Vaccination in Burma 1900-1911 - 1900-1911
Year: 1900
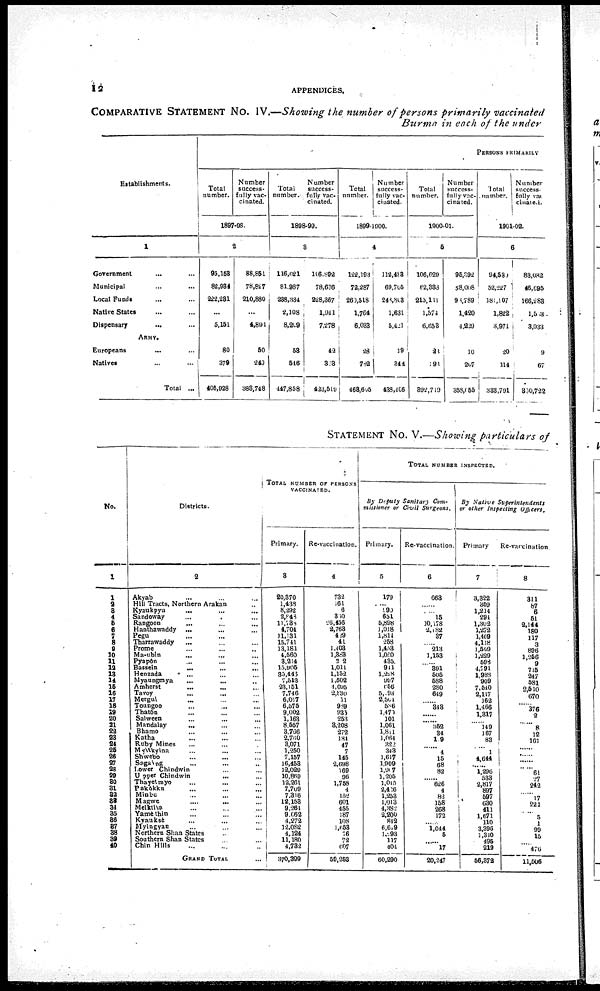
12
APPENDICES.
COMPARATIVE STATEMENT No. IV.—Showing the number of persons primarily vaccinated
Burma in each of the under
Establishments.
1
Government... ...
Municipal... ...
Local Funds... ...
Native States... ...
Dispensary...
...
ARMY.
Europeans... ...
Natives...
Total ...
PERSONS PRIMARILY
Total
number.
Number
success¬
fully vac-
cinated.
1897-98.
2
95,158
82,934
222,281
...
5,151
...
80
379
405,928
88,851
78,827
210,880
...
4,891
...
50
249
388,748
Total
number.
Number
success-
fully vac-
cinated.
1898-99.
3
116,621
81,987
288,334
2,108
8,209
...
58
546
447,858
106,892
78,636
228,367
1,941
7,278
...
42
303
423,519
Total
number.
Number
success-
fully vac-
cinated.
1899-1900.
4
122,193
72,287
260,518
1,764
6,033
...
28
782
168,605
112,488
69,705
243,808
1,631
5,421
...
19
344
438,406
Total
number.
Number
success-
fully vac-
cina ted.
1900-01.
5
106,629
62,383
215,111
1,574
6,653
...
28
191
392,719
95,392
58,008
93,789
1,420
1,229
...
10
207
358,055
Total
number.
Number
success-
fully vac
cinated.
1901-02.
6
94,530
52,227
181,107
1,822
3,971
...
20
114
333,701
83,032
46,695
166,288
1,503
3,033
...
9
67
300,722
STATEMENT No. V.—Showing particulars of
No.
1
1
2 3
4
5
6
7
8
9
10
11
12
13
14
15
16
17
18
19
20
21
22
23
24
25
26
27
28
29
30
31
32
32
33
35
36
37
38
39
40
Districts.
2
Akyab... ...
Hill Tracts, Northern Arakan...
Kyaukpyu...
...
Sandoway... ...
Rangoon...
...
Hanthawaddy... ...
Pegu... ...
Tharrawaddy... ...
Prome...
...
Ma-ubin...
...
Pyapôn... ...
Bassein...
...
Henzada... ...
Myaungmya... ...
Amherst... ...
Tavoy... ...
Mergui... ...
Toungoo... ...
Thaton... ...
Salween... ...
Mandalay...
...
Bhamo... ...
Katha... ...
Ruby Mines... ...
Myikyina... ...
Shwebo... ...
Sagaing... ...
Lower Chindwin... ...
Upper Chindwin... ...
Thayetmyo... ...
Pakôkku... ...
Minbu... ...
Magwe...
...
Metktila... ...
Yamèthin... ...
Kyauksè... ...
Myingyan... ...
Northern Shan States... ...
Southern Shan States... ...
Chin Hills... ...
GRAND TOTAL...
TOTAL NUMBER OR PERSONS
VACCINATED.
Primary.
3
20,370
1,433
8,292
2,843
11,783
4,704
11,131
15,741
13,181
4,560
3,214
15,905
85,443
7,518
23,151
7,746
6,017
6,575
9,002
1,168
8,557
3,766
2,760
3,071
1,250
7,157
16,458
12,020
10,860
12,261
7,709
7,316
12,158
9,261
9,062
4,272
12,082
4,124
11,180
4,732
370,399
Re-vaccination.
4
732
161
6
810
26,456
2,768
429
41
1,403
l,888
22
1,011
1,152
1,502
4,095
2,830
11
989
935
253
3,208
272
184
47
7
145
2,698
169
96
1,758
4
152
601
455
187
108
1,658
76
72
607
59,258
TOTAL NUMBER INSPECTED.
By Deputy Sanitary Com-
missioner or Civil
Surgeons.
Primary.
5
179
...
990
651
6,898
1,018
1,811
258
1,458
1,050
435
941
1,228
907
656
5.93
2,504
586
1,471
101
1,061
1,811
1,064
322
343
1,617
1,909
1,907
1,205
1,015
2,416
1,253
1,013
1,382
2,200
842
6,609
1,193
117
404
60,290
Re-vaccination.
6
663
...
......
15
10,178
2,182
37
...
213
1,153
...
301
505
588
280
649
...
348
...
...
352
34
1.9
...
4
15
68
82
......
626
4
82
158
268
172
...
1,014
5
...
17
20,247
By Native
Superintendents
or other Inspecting
Officers.
Primary
7
3,322
359
1,214
291
1,302
1,272
1,409
1,118
1,509
1,229
593
4,791
1,988
909
7,540
2,117
162
1,466
1,317
...
119
167
83
...
1
4,644
......
1,296
533
2,817
897
597
680
411
1,671
110
3,396
1,340
495
219
56,372
Re-vaccination
8
311
87
6
51
2,144
180
117
3
896
1,256
9
715
247
581
2,510
670
...
376
2
...
8
12
161
...
...
...
......
61
27
242
...
17
221
...
5
1
99
15
...
476
11,506